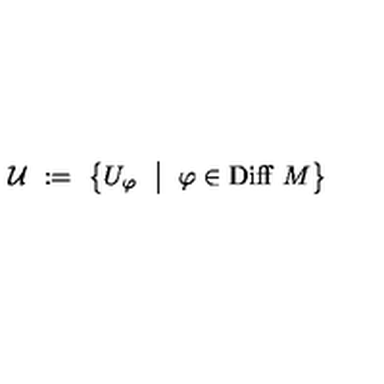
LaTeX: { \mathcal U } \ : = \ \left\{ U _ { \varphi } \ \bigm | \ \varphi \in \mathrm { D i f f } \ M \right\}